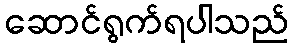
ဆောင်ရွက်ရပါသည်